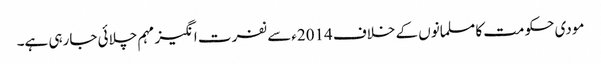
مودی حکومت کا مسلمانوں کے خلاف 2014ءسے نفرت انگیز مہم چلائی جارہی ہے۔